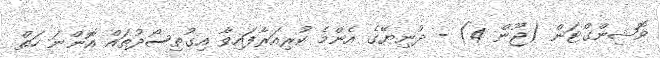
ވޮޝިންގްޓަން (ޖޫން 4) - ދުނިޔޭގެ އެންމެ ކުރިއަރާފައިވާ އިގުތިސޯދުތައް އޮންނަ ހަތް